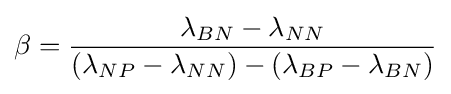
\beta ={\frac {\lambda _{BN}-\lambda _{NN}}{(\lambda _{NP}-\lambda _{NN})-(\lambda _{BP}-\lambda _{BN})}}